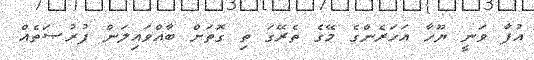
އުފާ ވަނީ ޔޫހާ އަހަރެންގެ މޭގެ ތެރޭގަ ތި ގޮތަށް ބާއްވައިލަން ފުރުޞަތެއް